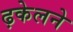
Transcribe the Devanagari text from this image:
ढ़केलने